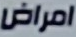
امراض